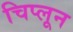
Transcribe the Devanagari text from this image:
चिप्लून